Scottish Leaving Certificate Examination, 1959
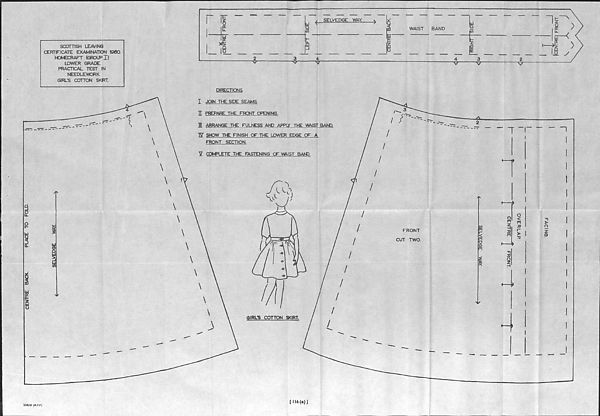
CENTRE
SCOTTISH LEAVING
CERTIFICATE EXAMINATION 196Q
HOMECRAFT (GROUP I)
LOWER GRADE.
PRACTICAL TEST IN
NEEDLEWORK.
GIRL'S COTTON SKIRT
DIRECTIONS.
I JOIN THE SIDE SEAMS.
I PREPARE THE FRONT OPENING.
1 ARRANGE THE FULNESS AND APPLY THE WAIST BAND.
W SHOW THE FINISH OF THE LOWER EDGE OF A
FRONT SECTION.
Y COMPLETE THE FASTENING OF WfrlST BAND-
GIRL'S COTTON SKIRT.
-A.
V)
n
<
m
o
Q
m
I
7
n
o
m
z
33
m
o
<
rn
JO
$ 1
■n
>
o
z
G>
•n
JO
50626 (M.F.P.)
[ 116(a) J